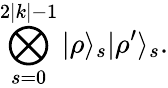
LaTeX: \bigotimes_{s=0}^{2|k|-1}|\rho\rangle_{s}|\rho^{\prime}\rangle_{s}.